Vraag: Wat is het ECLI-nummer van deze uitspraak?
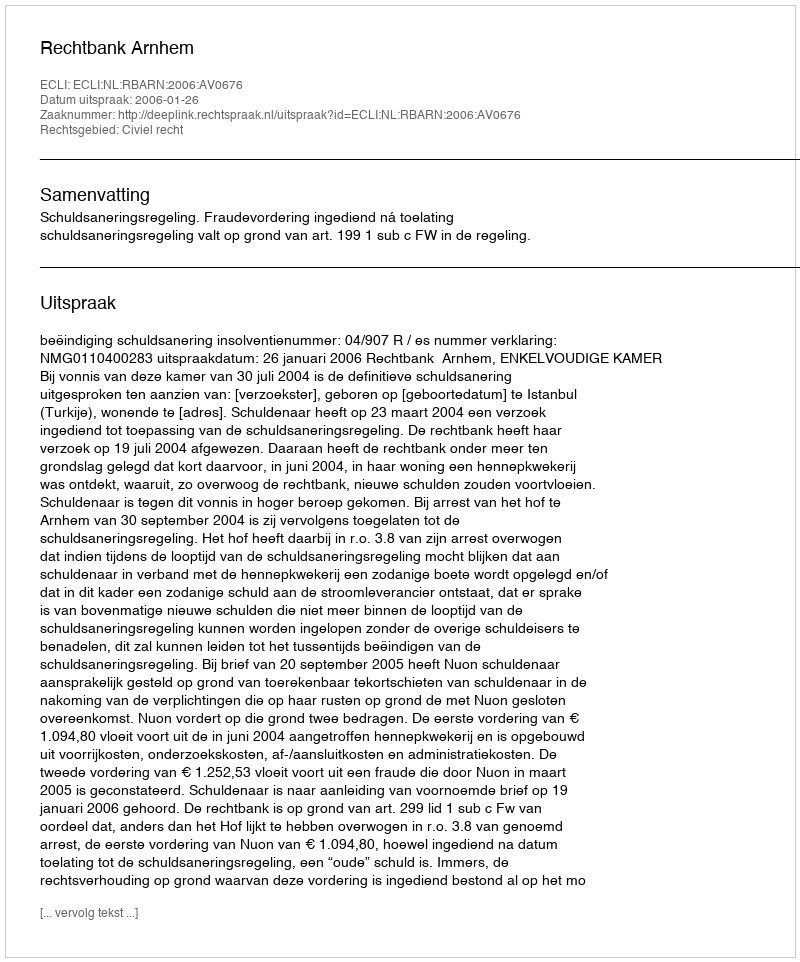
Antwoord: ECLI:NL:RBARN:2006:AV0676